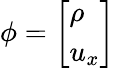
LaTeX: \phi=\left[\begin{array}{l}{\rho}\\ {u_{x}}\end{array}\right]